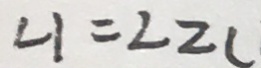
\angle 1 = \angle Z C